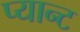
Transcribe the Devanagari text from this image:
प्यान्ट